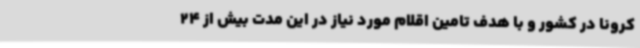
کرونا در کشور و با هدف تامین اقلام مورد نیاز در این مدت بیش از 24